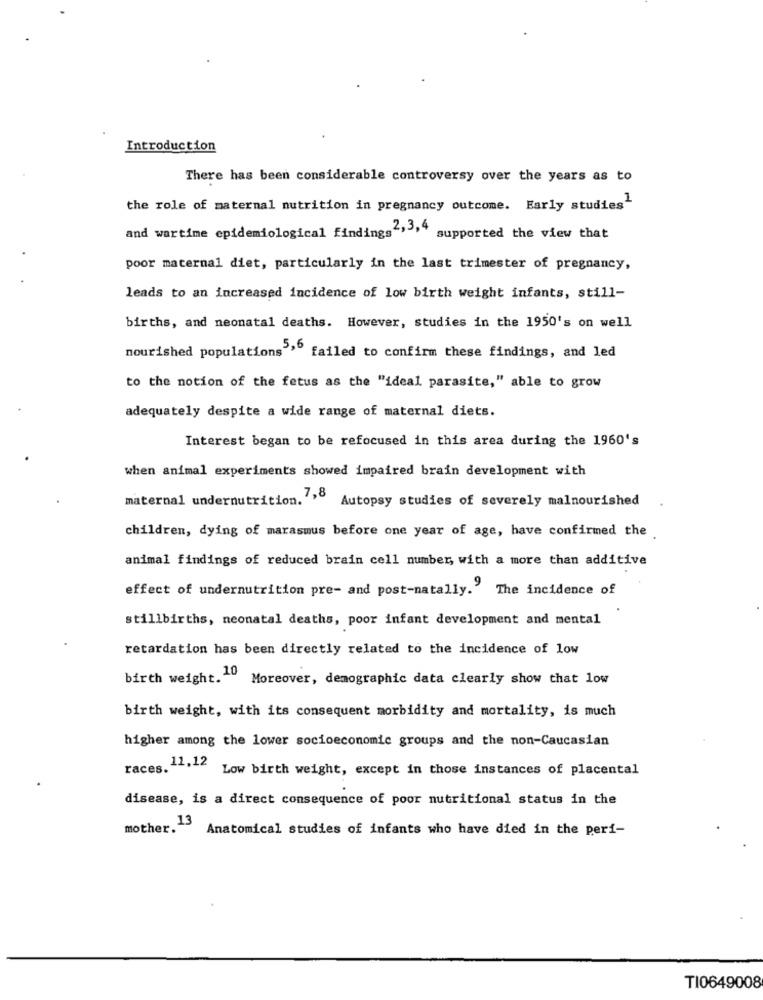
Introduction
There has been considerable controversy over the years as to
the role of maternal nutrition in pregnancy outcome. Early studies"
and wartime epidemiological findings2,3,4
supported the view that
poor maternal diet, particularly in the last trimester of pregnancy,
leads to an increased incidence of low birth weight infants, still-
births, and neonatal deaths. However, studies in the 1950's on well
nourished populations";
failed to confirm these findings, and led
to the notion of the fetus as the "ideal parasite," able to grow
adequately despite a wide range of maternal diets.
Interest began to be refocused in this area during the 1960's
when animal experiments showed impaired brain development with
maternal undernutrition. 7,8
Autopsy studies of severely malnourished
children, dying of marasmus before one year of age, have confirmed the
animal findings of reduced brain cell number, with a more than additive
effect of undernutrition pre- and post-natally."
The incidence of
stillbirths, neonatal deaths, poor infant development and mental
retardation has been directly related to the incidence of low
birth weight. 10
Moreover, demographic data clearly show that low
birth weight, with its consequent morbidity and mortality, is much
higher among the lower socioeconomic groups and the non-Caucasian
races. 11,12
Low birth weight, except in those instances of placental
disease, is a direct consequence of poor nutritional status in the
mother. 13
Anatomical studies of infants who have died in the peri-
TI0649008